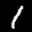
Label: 1